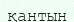
қантын